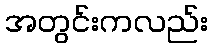
အတွင်းကလည်း